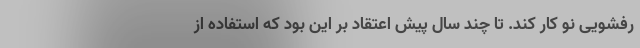
رفشویی نو کار کند. تا چند سال پیش اعتقاد بر این بود که استفاده از